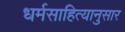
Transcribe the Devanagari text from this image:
धर्मसाहित्यानुसार